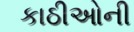
કાઠીઓની